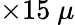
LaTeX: \times 15~\mu